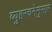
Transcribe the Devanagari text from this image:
व्युहरचनेनुसार